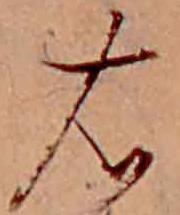
右